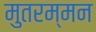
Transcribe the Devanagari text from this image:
मुतरम्मन